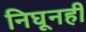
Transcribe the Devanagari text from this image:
निघूनही